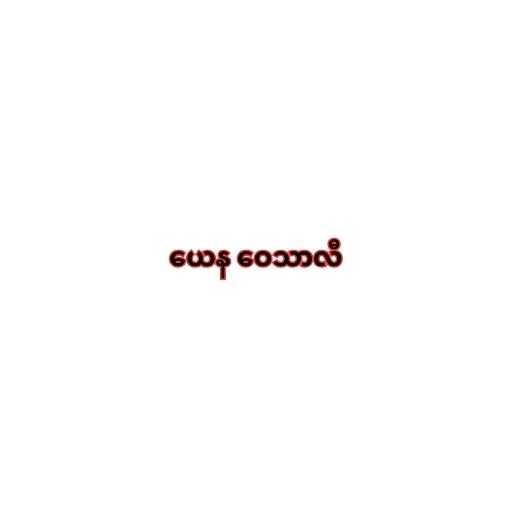
ယေန ဝေသာလီ